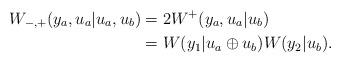
LaTeX: \begin{align*} W_{-,+}(y_a,u_a|u_a,u_b) &= 2W^+(y_a,u_a|u_b) \\ &= W(y_1|u_a\oplus u_b) W(y_2|u_b). \end{align*}